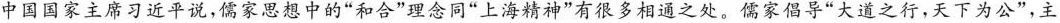
中国国家主席习近平说，儒家思想中的”和合”理念同”上海精神”有很多相通之处。儒家倡导”大道之行，天下为公”，主